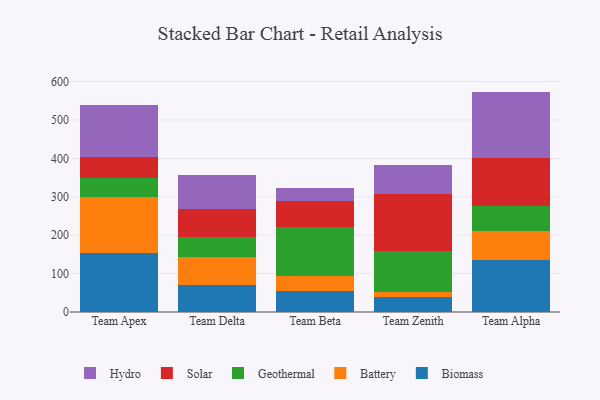
{"axis": {"x": "Team", "y": "Market Share (%)"}, "legend": ["Battery", "Biomass", "Geothermal", "Hydro", "Solar"], "data": [{"x": "Team Apex", "y": 154.9, "type": "Biomass"}, {"x": "Team Apex", "y": 145.8, "type": "Battery"}, {"x": "Team Apex", "y": 47.6, "type": "Geothermal"}, {"x": "Team Apex", "y": 54.4, "type": "Solar"}, {"x": "Team Apex", "y": 135.0, "type": "Hydro"}, {"x": "Team Delta", "y": 70.5, "type": "Biomass"}, {"x": "Team Delta", "y": 73.4, "type": "Battery"}, {"x": "Team Delta", "y": 51.2, "type": "Geothermal"}, {"x": "Team Delta", "y": 73.4, "type": "Solar"}, {"x": "Team Delta", "y": 88.2, "type": "Hydro"}, {"x": "Team Beta", "y": 54.1, "type": "Biomass"}, {"x": "Team Beta", "y": 40.7, "type": "Battery"}, {"x": "Team Beta", "y": 126.1, "type": "Geothermal"}, {"x": "Team Beta", "y": 68.5, "type": "Solar"}, {"x": "Team Beta", "y": 33.8, "type": "Hydro"}, {"x": "Team Zenith", "y": 40.3, "type": "Biomass"}, {"x": "Team Zenith", "y": 10.9, "type": "Battery"}, {"x": "Team Zenith", "y": 107.5, "type": "Geothermal"}, {"x": "Team Zenith", "y": 148.3, "type": "Solar"}, {"x": "Team Zenith", "y": 76.9, "type": "Hydro"}, {"x": "Team Alpha", "y": 134.1, "type": "Biomass"}, {"x": "Team Alpha", "y": 77.1, "type": "Battery"}, {"x": "Team Alpha", "y": 65.1, "type": "Geothermal"}, {"x": "Team Alpha", "y": 125.6, "type": "Solar"}, {"x": "Team Alpha", "y": 171.9, "type": "Hydro"}]}